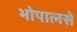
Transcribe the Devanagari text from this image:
भोपालसे